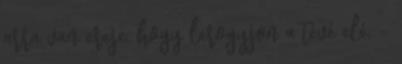
arra van ereje, hogy lerogyjon a tévé elé. –